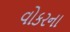
વોકરના